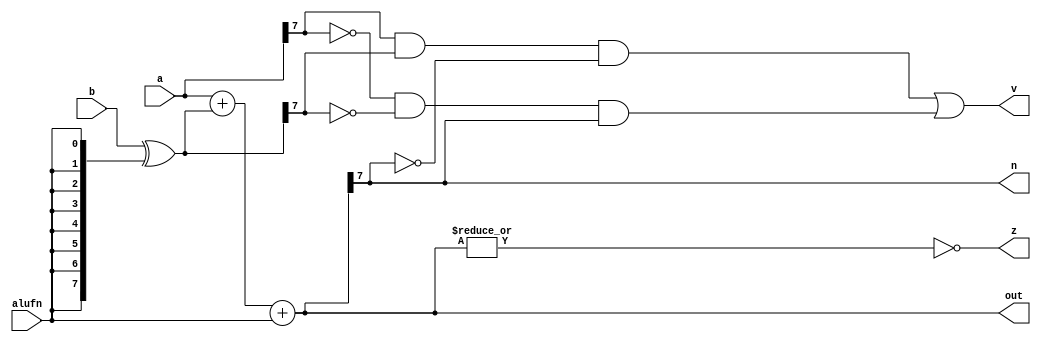
/*
   This file was generated automatically by the Mojo IDE version B1.3.6.
   Do not edit this file directly. Instead edit the original Lucid source.
   This is a temporary file and any changes made to it will be destroyed.
*/

module adder_48 (
    input [7:0] a,
    input [7:0] b,
    input [0:0] alufn,
    output reg [7:0] out,
    output reg z,
    output reg v,
    output reg n
  );
  
  
  
  reg [7:0] sum;
  
  reg [7:0] xb;
  
  always @* begin
    out = a;
    xb = b ^ {4'h8{alufn}};
    sum = a + xb + alufn;
    z = ~((|sum));
    v = (a[7+0-:1] & xb[7+0-:1] & ~sum[7+0-:1]) | (~a[7+0-:1] & ~xb[7+0-:1] & sum[7+0-:1]);
    n = sum[7+0-:1];
    out = sum;
  end
endmodule